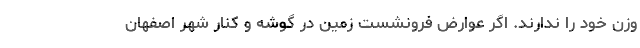
وزن خود را ندارند. اگر عوارض فرونشست زمین در گوشه و کنار شهر اصفهان